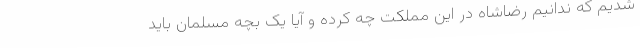
شدیم که ندانیم رضاشاه در این مملکت چه کرده و آیا یک بچه مسلمان باید